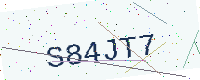
Text: S84JT7